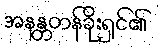
အနန္တတန်ခိုးရှင်၏